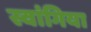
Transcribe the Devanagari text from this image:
स्वांगिया